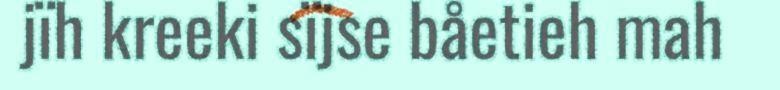
jïh kreeki sïjse båetieh mah